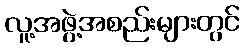
လူ့အဖွဲ့အစည်းများတွင်